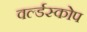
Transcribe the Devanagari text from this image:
वर्ल्डस्कोप